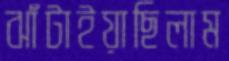
ঝাঁটাইয়াছিলাম